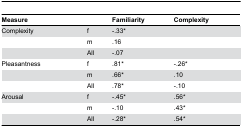
<table><thead><tr><td><b>Measure</b></td><td></td><td><b>Familiarity</b></td><td><b>Complexity</b></td></tr></thead><tbody><tr><td>Complexity</td><td>f</td><td>-.33*</td><td></td></tr><tr><td></td><td>m</td><td>.16</td><td></td></tr><tr><td></td><td>All</td><td>-.07</td><td></td></tr><tr><td>Pleasantness</td><td>f</td><td>.81*</td><td>-.26*</td></tr><tr><td></td><td>m</td><td>.66*</td><td>.10</td></tr><tr><td></td><td>All</td><td>.78*</td><td>-.10</td></tr><tr><td>Arousal</td><td>f</td><td>-.45*</td><td>.56*</td></tr><tr><td></td><td>m</td><td>-.10</td><td>.43*</td></tr><tr><td></td><td>All</td><td>-.28*</td><td>.54*</td></tr></tbody></table>